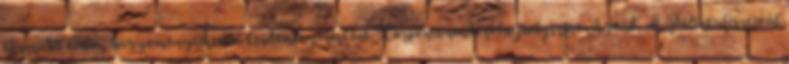
hosszabb távú, hagyományteremtő kezdeményezésként. Központi rendezvényhelyszíne Agárd. A Pálinkafesztivál